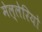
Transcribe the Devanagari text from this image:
मेल्लेरियो